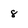
Character: 8